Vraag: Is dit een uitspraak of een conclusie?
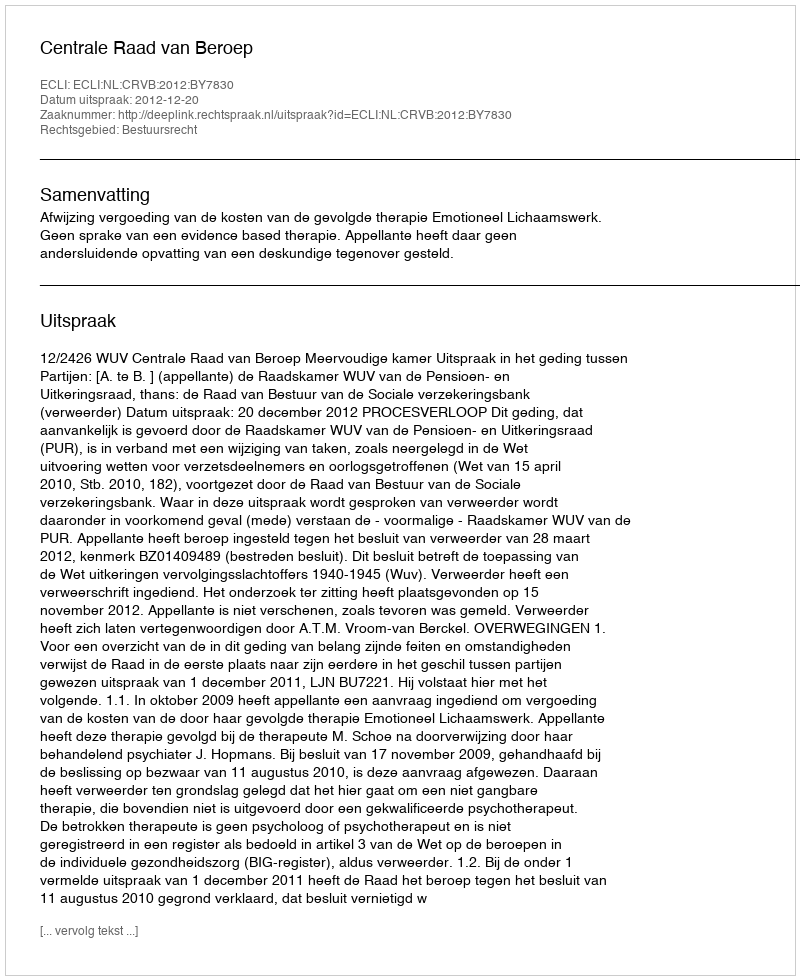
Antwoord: Uitspraak